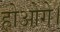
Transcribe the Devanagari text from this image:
होओगे।